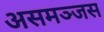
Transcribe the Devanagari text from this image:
असमञ्जस